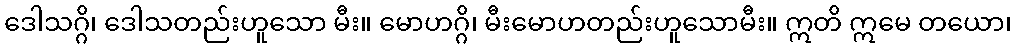
ဒေါသဂ္ဂိ၊ ဒေါသတည်းဟူသော မီး။ မောဟဂ္ဂိ၊ မီးမောဟတည်းဟူသောမီး။ ဣတိ ဣမေ တယော၊